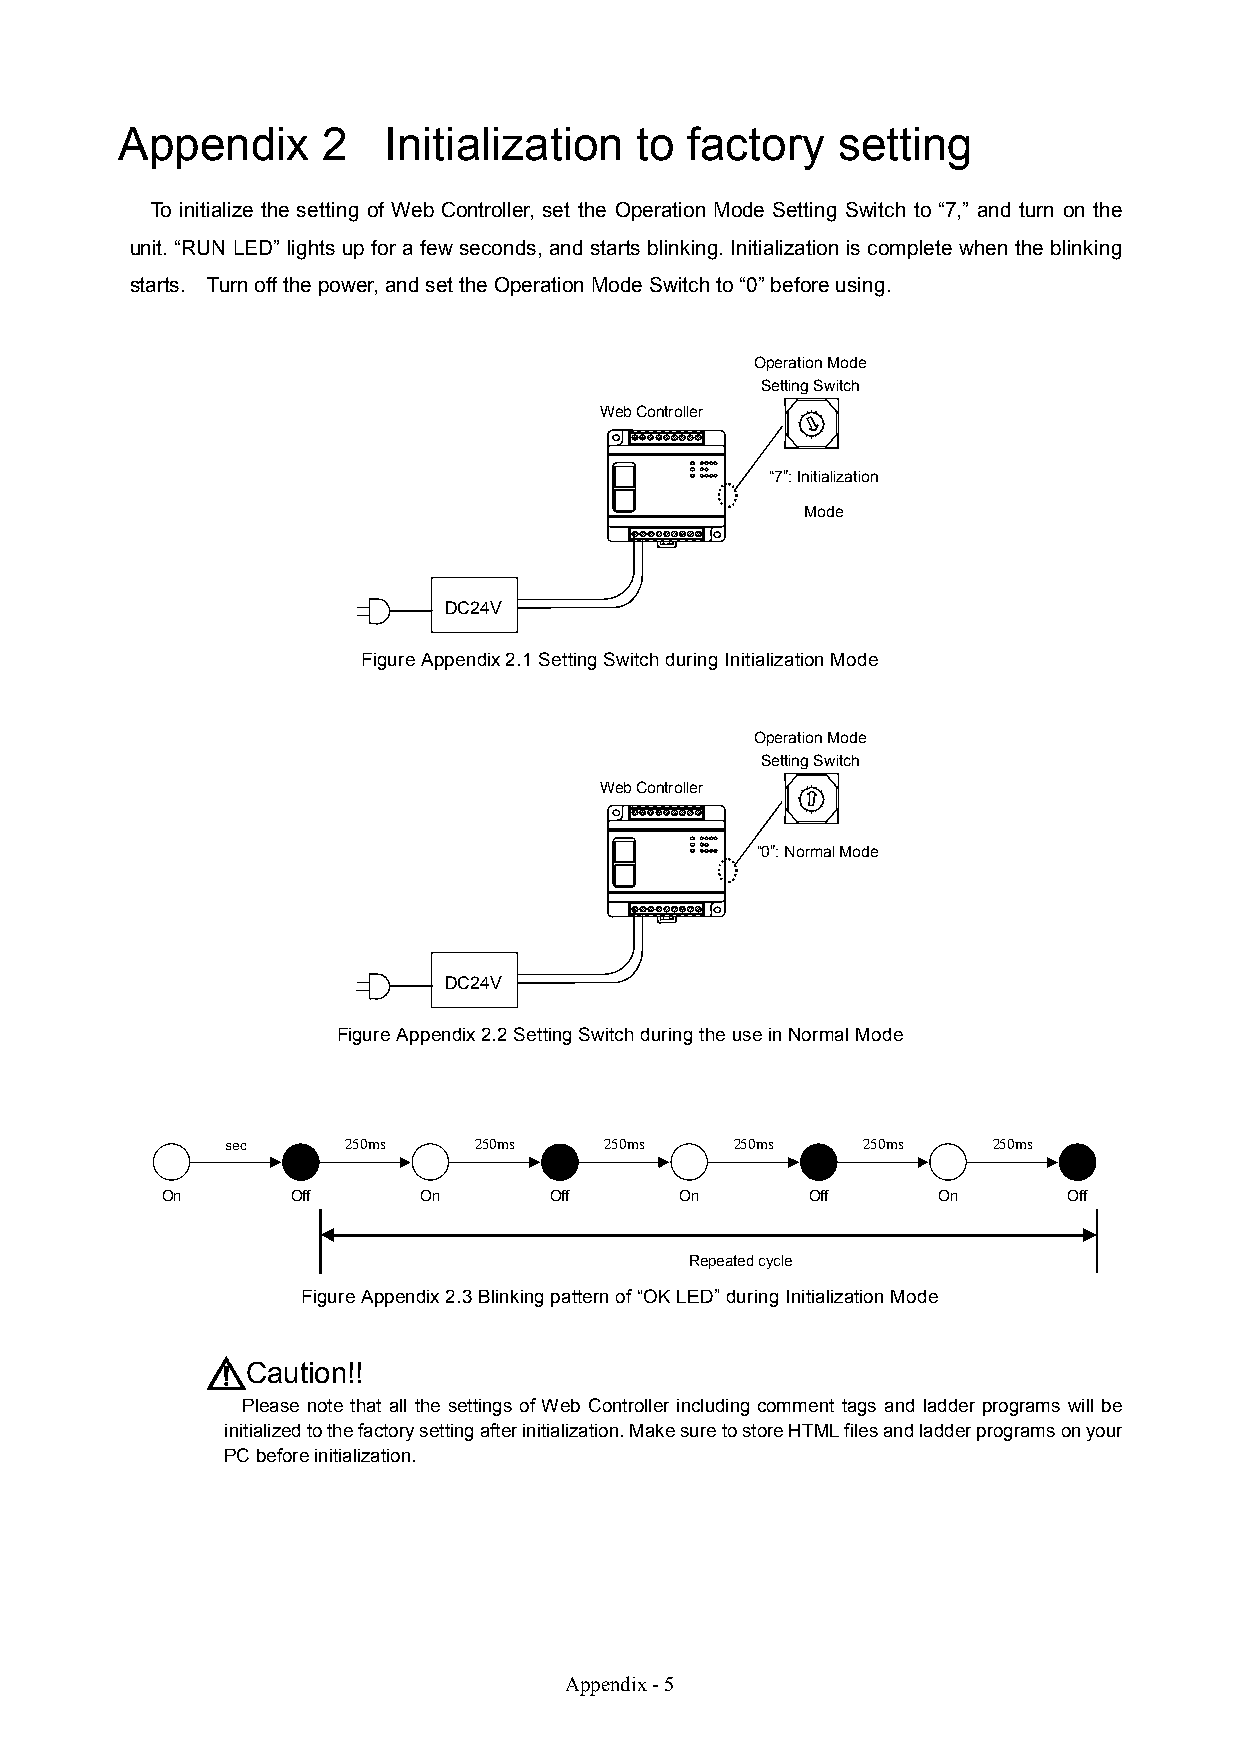
Appendix     2   Initialization   to  factory  setting
 To initialize the setting of Web Controller, set the Operation Mode Setting Switch to “7,” and turn on the
 unit. “RUN LED” lights up for a few seconds, and starts blinking. Initialization is complete when the blinking
 starts. Turn off the power, and set the Operation Mode Switch to “0” before using.
 Operation Mode
 Setting Switch
 Web Controller
 “7”: Initialization
 Mode
 DC24V
 Figure Appendix 2.1Setting Switch during Initialization Mode
 Operation Mode
 Setting Switch
 Web Controller
 “0”: Normal Mode
 DC24V
 Figure Appendix 2.2Setting Switch during the use in Normal Mode
 sec     250ms   250ms    250ms    250ms   250ms    250ms
 On      Off      On      Off      On       Off     On       Off
 Repeated cycle
 Figure Appendix 2.3Blinking pattern of “OK LED” during Initialization Mode
 Caution!!
 Please note that all the settings of Web Controller including comment tags and ladder programs will be
 initialized to the factory setting after initialization. Make sure to store HTML files and ladder programs on your
 PC before initialization.
 Appendix - 5